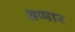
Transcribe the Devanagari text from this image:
अप्पार